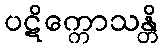
ပဋိက္ကောသန္တိ